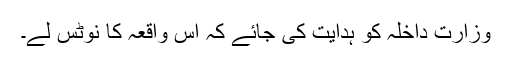
وزارت داخلہ کو ہدایت کی جائے کہ اس واقعہ کا نوٹس لے۔